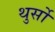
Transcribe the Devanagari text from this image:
थुर्सो